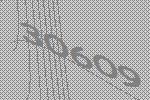
30609